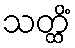
သတ္ထိံ